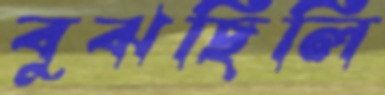
বুঝছিলি